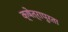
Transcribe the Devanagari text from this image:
क्षेत्रापुरता